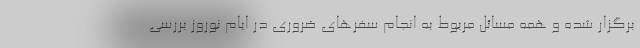
برگزار شده و همه مسائل مربوط به انجام سفرهای ضروری در ایام نوروز بررسی